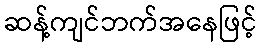
ဆန့်ကျင်ဘက်အနေဖြင့်